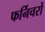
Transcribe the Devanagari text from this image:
फर्निचरों